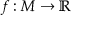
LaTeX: f : M \rightarrow \mathbb { R }